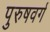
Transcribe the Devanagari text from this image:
पुरुषवर्ग